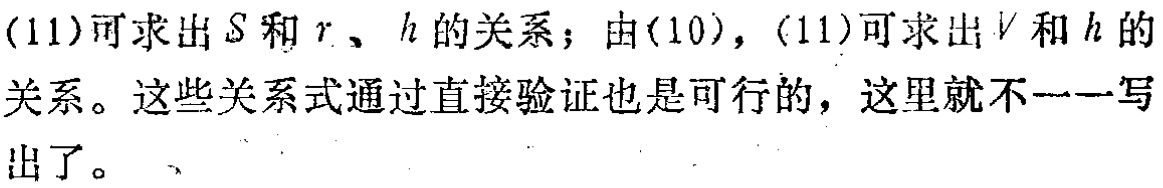
(11)可求出\(S\)和\(r\)、\(h\)的关系；由(10)，(11)可求出\(V\)和\(h\)的关系。这些关系式通过直接验证也是可行的，这里就不一一写出了。